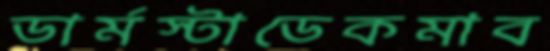
ডার্মস্টাডেকমাব